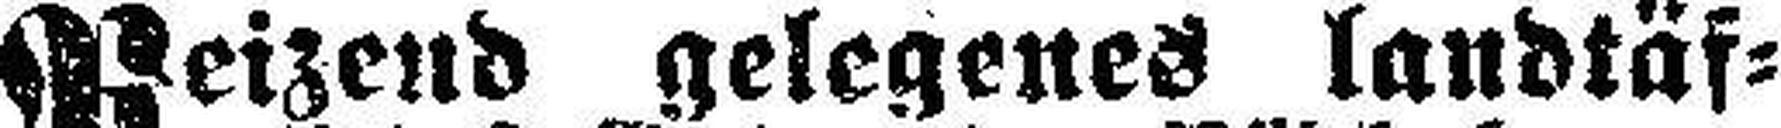
Reizend gelegenes landtäf¬